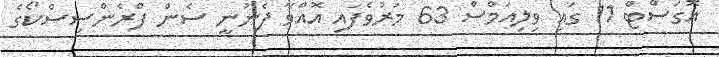
އޮގަސްޓް 11 ގައި ވިލިއަމްސް 63 މަރުވެފައި އޮއްވާ ފެނުނީ ސެން ފްރެންސިސްކޯގެ